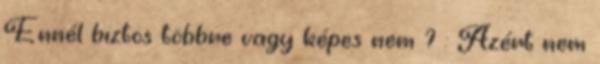
Ennél biztos többre vagy képes nem ? : Azért nem